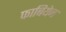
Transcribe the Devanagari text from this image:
फाबियेन